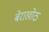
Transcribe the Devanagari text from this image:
बेराखोठ